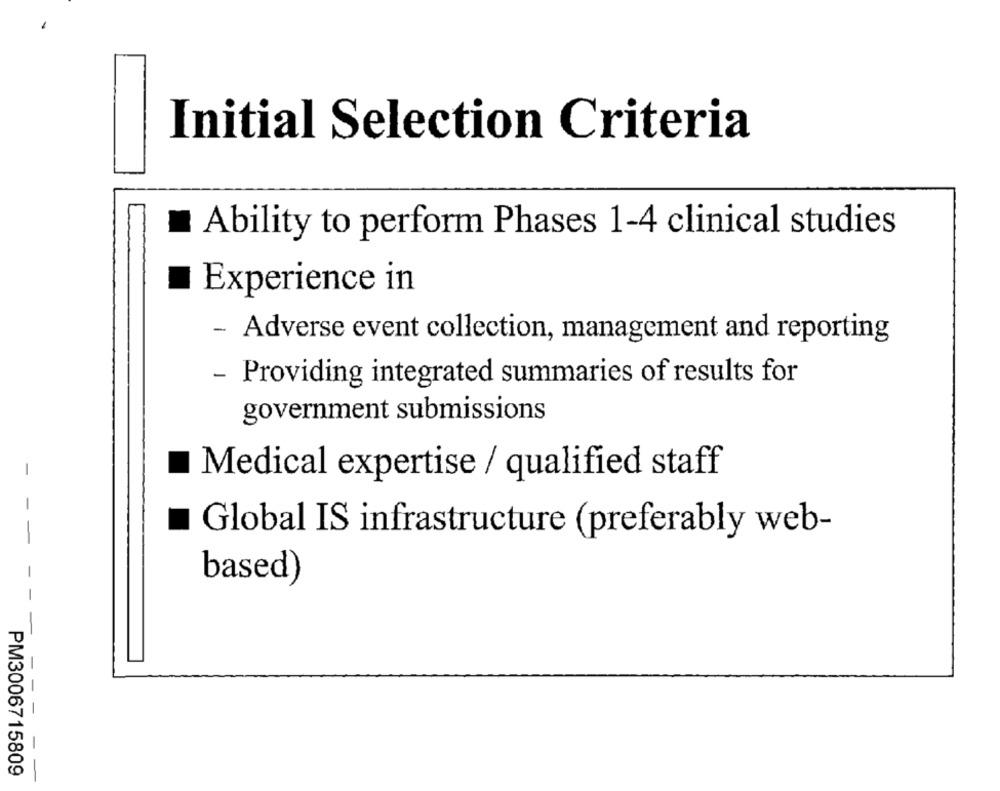
Initial Selection Criteria
Ability to perform Phases 1-4 clinical studies
Experience in
- Adverse event collection, management and reporting
- Providing integrated summaries of results for
government submissions
Medical expertise / qualified staff
Global IS infrastructure (preferably web-
based)
-
PM3006715809